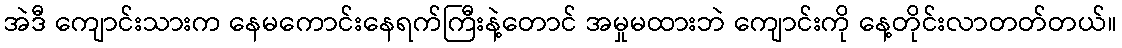
အဲဒီ ကျောင်းသားက နေမကောင်းနေရက်ကြီးနဲ့တောင် အမှုမထားဘဲ ကျောင်းကို နေ့တိုင်းလာတတ်တယ်။